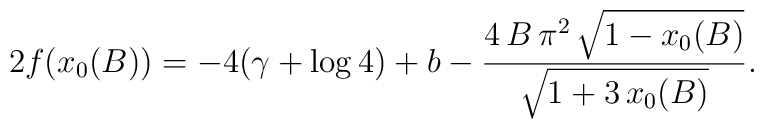
2f(x_0(B)) = -4(\gamma+\log 4) + b - \frac{4\,B\,{\pi }^2\,{\sqrt{1 - x_0(B)}}}{{\sqrt{1 +3\,x_0(B)}}}.